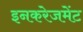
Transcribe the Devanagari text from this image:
इनकरेजमेंट